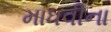
માધવીના